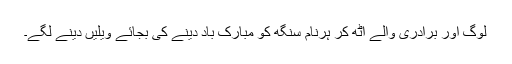
لوگ اور برادری والے اٹھ کر ہرنام سنگھ کو مبارک باد دینے کی بجائے ویلیں دینے لگے۔